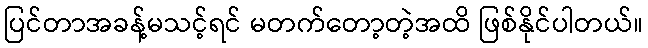
ပြင်တာအခန့်မသင့်ရင် မတက်တော့တဲ့အထိ ဖြစ်နိုင်ပါတယ်။